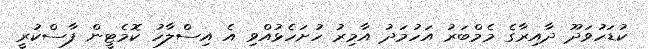
ކުޑަހުވަދޫ ދާއިރާގެ މެމްބަރު އަހުމަދު އާމިރު ހުށަހެޅުއްވި އެ އިސްލާހު ކޮމެޓީން ފާސްކުރީ